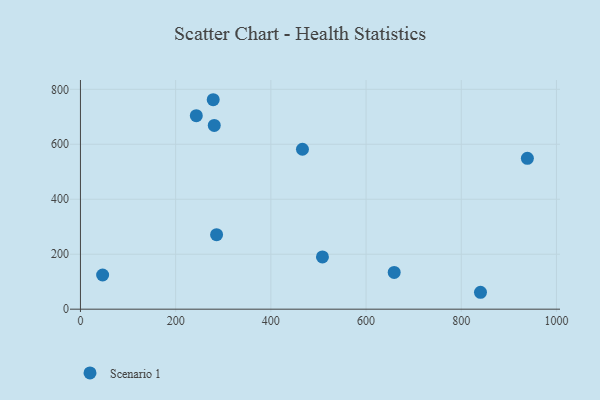
{"axis": {"x": "Distance", "y": "Yield"}, "legend": ["Scenario 1"], "data": [{"x": "243.4", "y": 704.1, "type": "Scenario 1"}, {"x": "281.1", "y": 668.6, "type": "Scenario 1"}, {"x": "938.9", "y": 549.0, "type": "Scenario 1"}, {"x": "286.0", "y": 271.2, "type": "Scenario 1"}, {"x": "508.4", "y": 190.3, "type": "Scenario 1"}, {"x": "46.6", "y": 124.3, "type": "Scenario 1"}, {"x": "840.4", "y": 61.5, "type": "Scenario 1"}, {"x": "466.4", "y": 581.9, "type": "Scenario 1"}, {"x": "659.1", "y": 133.7, "type": "Scenario 1"}, {"x": "278.9", "y": 762.1, "type": "Scenario 1"}]}